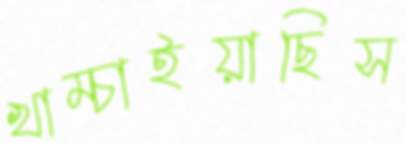
খাম্‌চাইয়াছিস